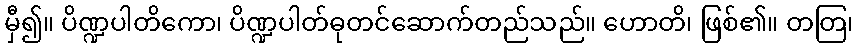
မှီ၍။ ပိဏ္ဍပါတိကော၊ ပိဏ္ဍပါတ်ဓုတင်ဆောက်တည်သည်။ ဟောတိ၊ ဖြစ်၏။ တတြ၊